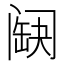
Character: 𨸊